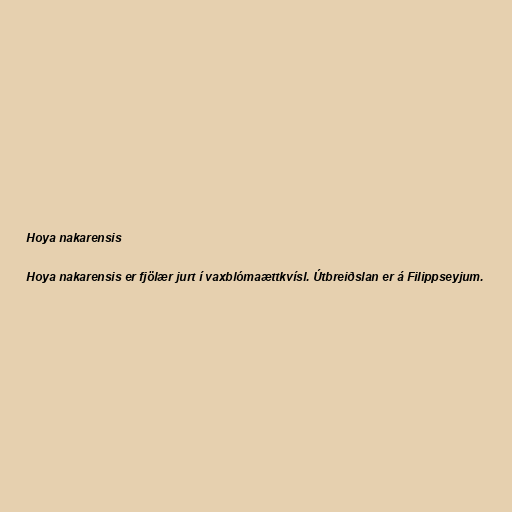
Hoya nakarensis

Hoya nakarensis er fjölær jurt í vaxblómaættkvísl. Útbreiðslan er á Filippseyjum.